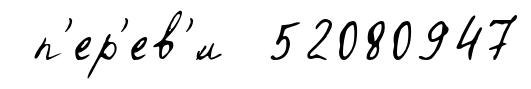
п'ер'ев'́л 52080947